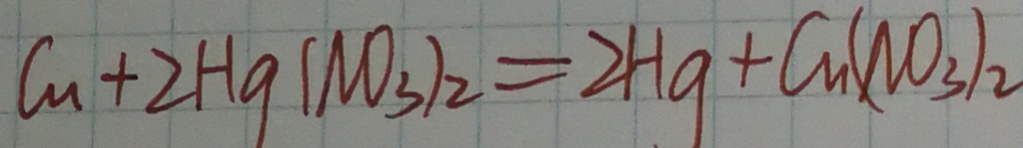
a _ { u } + 2 H g ( N O _ { 3 } ) _ { 2 } = 2 H g + C u ( N O _ { 3 } ) _ { 2 }